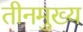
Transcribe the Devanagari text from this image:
तीनमुख्य